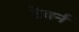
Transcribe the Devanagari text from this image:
टेवर्न